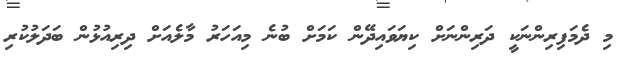
މި ދެމަފިރިންނަކީ ދަރިންނަށް ކިޔަވައިދޭން ކަމަށް ބުނެ މިއަަހަރު މާލެއަށް ދިރިއުޅުން ބަދަލުކުރި